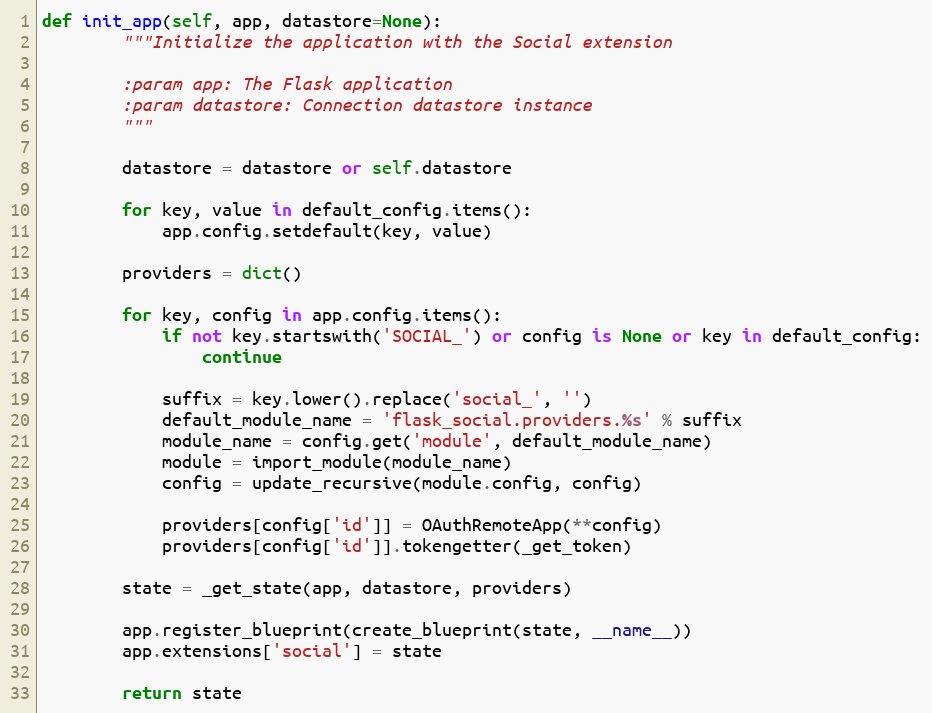
Language: Python
def init_app(self, app, datastore=None):
        """Initialize the application with the Social extension

        :param app: The Flask application
        :param datastore: Connection datastore instance
        """

        datastore = datastore or self.datastore

        for key, value in default_config.items():
            app.config.setdefault(key, value)

        providers = dict()

        for key, config in app.config.items():
            if not key.startswith('SOCIAL_') or config is None or key in default_config:
                continue

            suffix = key.lower().replace('social_', '')
            default_module_name = 'flask_social.providers.%s' % suffix
            module_name = config.get('module', default_module_name)
            module = import_module(module_name)
            config = update_recursive(module.config, config)

            providers[config['id']] = OAuthRemoteApp(**config)
            providers[config['id']].tokengetter(_get_token)

        state = _get_state(app, datastore, providers)

        app.register_blueprint(create_blueprint(state, __name__))
        app.extensions['social'] = state

        return state